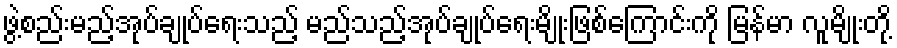
ဖွဲ့စည်းမည့်အုပ်ချုပ်ရေးသည့် မည်သည့်အုပ်ချုပ်ရေးမျိုးဖြစ်ကြောင်းကို မြန်မာ လူမျိုးတို့